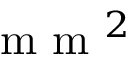
\mathrm { ~ m ~ m ~ } ^ { 2 }